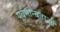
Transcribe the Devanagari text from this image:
पूर्वमान्यताओं